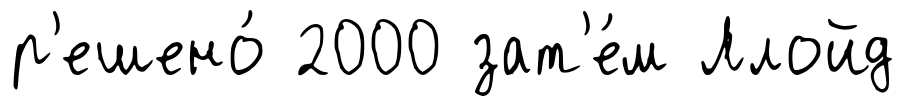
р'ешено́ 2000 зат'е́м Ллойд